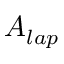
\boldsymbol { A } _ { l a p }